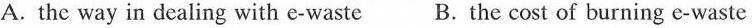
A.the way in dealing with e-waste B.The cost of burning e-waste